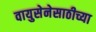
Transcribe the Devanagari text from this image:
वायुसेनेसाठीच्या